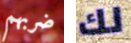
ضربهم لك